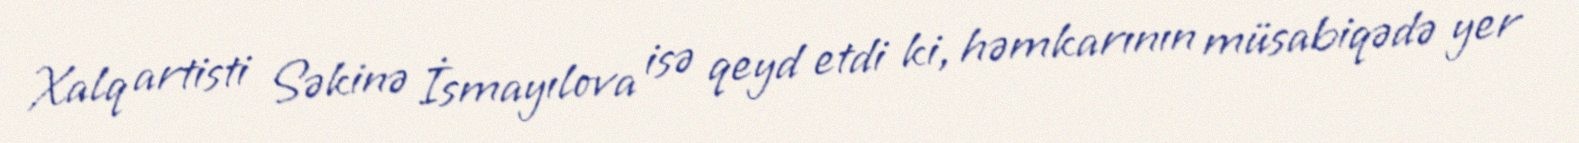
Xalq artisti Səkinə İsmayılova isə qeyd etdi ki, həmkarının müsabiqədə yer